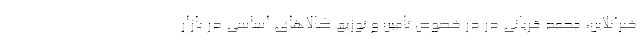
خبرآنلاین، محمد قربانی در در خصوص تامین و توزیع کالاهای اساسی در بازار